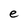
Character: e